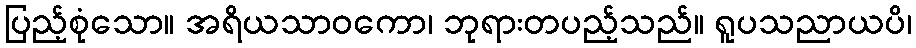
ပြည့်စုံသော။ အရိယသာဝကော၊ ဘုရားတပည့်သည်။ ရူပသညာယပိ၊